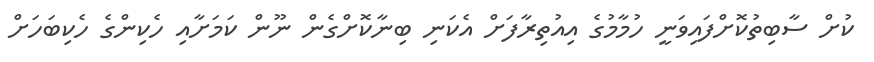
ކުށް ސާބިތުކޮށްފައިވަނީ ހުމާމުގެ އިއުތިރާފަށް އެކަނި ބިނާކޮށްގެން ނޫން ކަމަށާއި ހެކިންގެ ހެކިބަހަށް